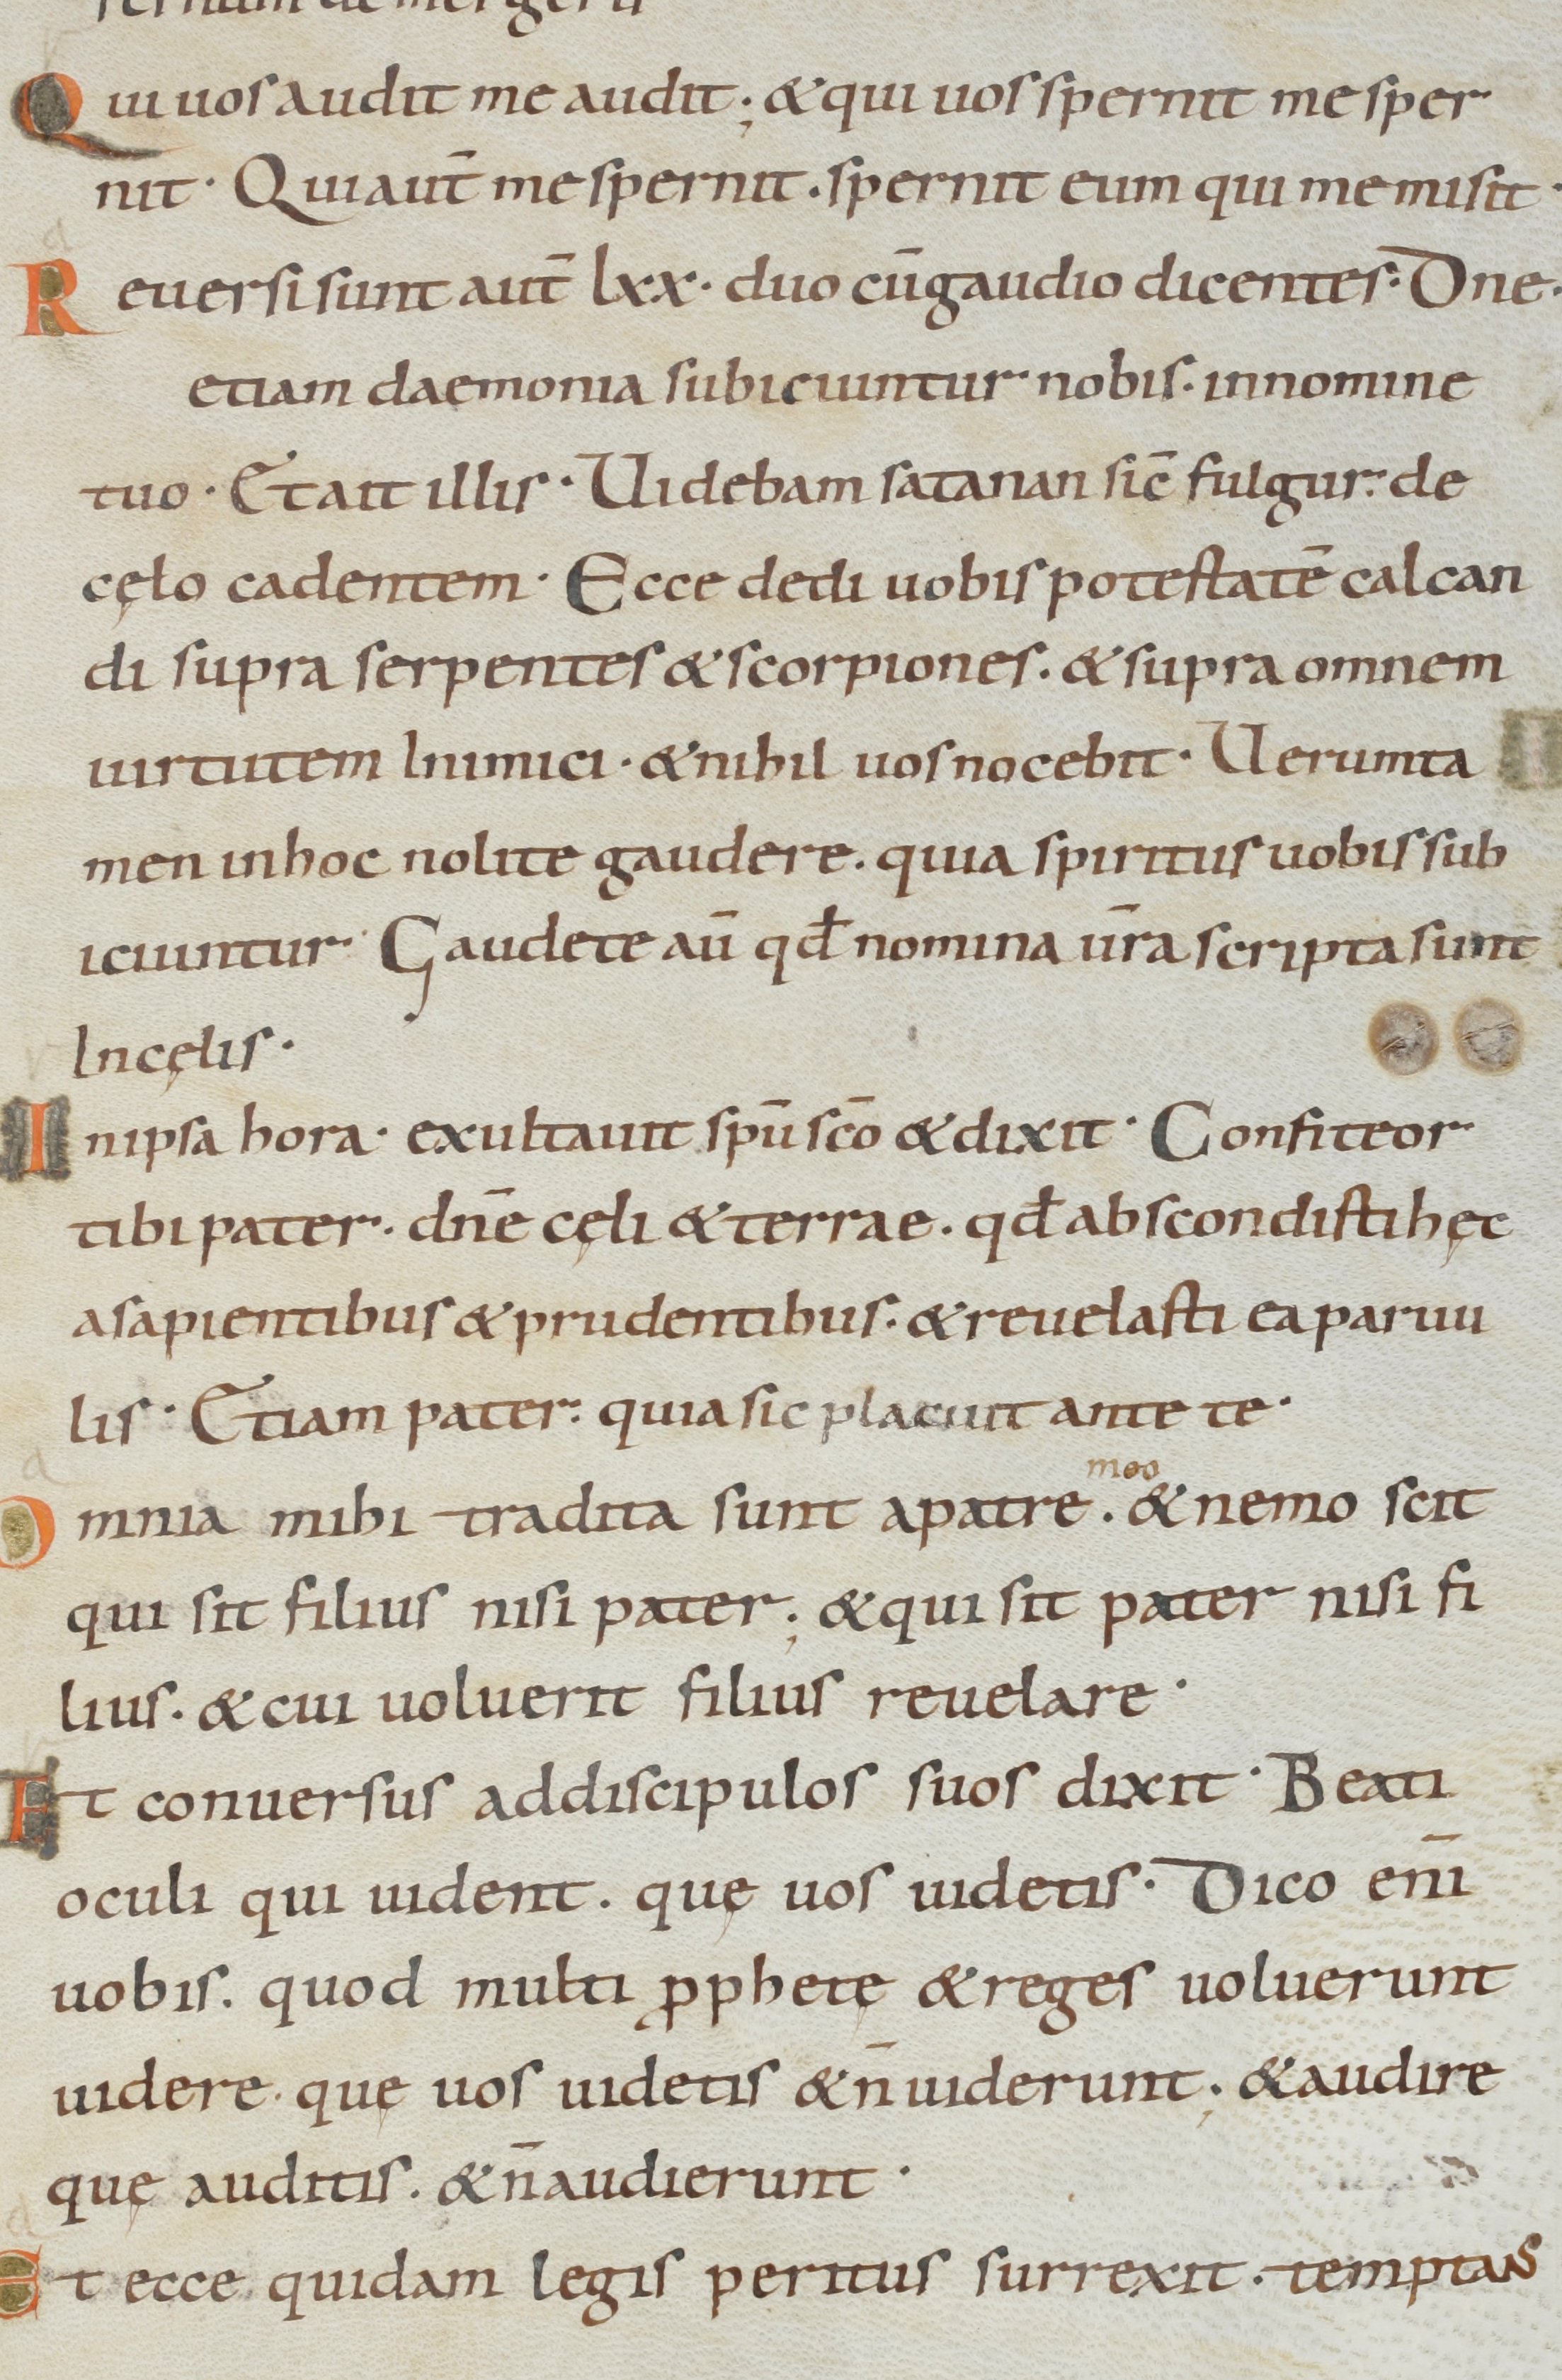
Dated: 885–950